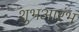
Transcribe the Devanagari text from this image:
शुभआरंभ